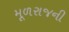
મૂળરાજની